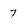
Character: 7